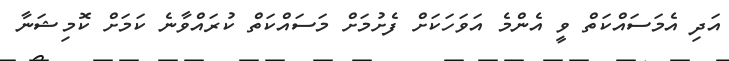
އަދި އެމަސައްކަތް ވީ އެންމެ އަވަހަކަށް ފެށުމަށް މަސައްކަތް ކުރައްވާނެ ކަމަށް ކޮމިޝަނާ